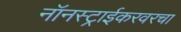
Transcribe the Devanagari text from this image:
नॉनस्ट्राईकरवरचा